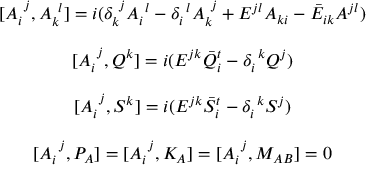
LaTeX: \begin{array} { c } { { [ A _ { i } ^ { ~ j } , A _ { k } ^ { ~ l } ] = i ( \delta _ { k } ^ { ~ j } A _ { i } ^ { ~ l } - \delta _ { i } ^ { ~ l } A _ { k } ^ { ~ j } + { \cal E } ^ { j l } A _ { k i } - \bar { \cal E } _ { i k } A ^ { j l } ) } } \\ { { { } } } \\ { { { [ A _ { i } ^ { ~ j } , Q ^ { k } ] = i ( { \cal E } ^ { j k } \bar { Q } _ { i } ^ { t } - \delta _ { i } ^ { ~ k } Q ^ { j } ) } } } \\ { { { } } } \\ { { { [ A _ { i } ^ { ~ j } , S ^ { k } ] = i ( { \cal E } ^ { j k } \bar { S } _ { i } ^ { t } - \delta _ { i } ^ { ~ k } S ^ { j } ) } } } \\ { { { } } } \\ { { \displaystyle { [ A _ { i } ^ { ~ j } , P _ { A } ] = [ A _ { i } ^ { ~ j } , K _ { A } ] = [ A _ { i } ^ { ~ j } , M _ { A B } ] = 0 } } } \end{array}